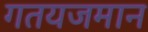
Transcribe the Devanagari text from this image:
गतयजमान